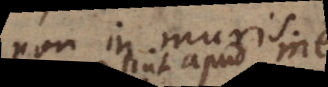
non in muris.